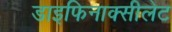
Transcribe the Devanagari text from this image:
डाइफिनाक्सीलेट